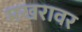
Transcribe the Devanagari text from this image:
मखरावर